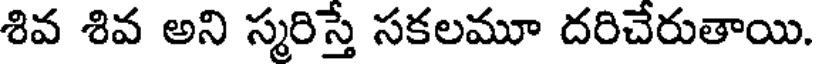
శివ శివ అని స్మరిస్తే సకలమూ దరిచేరుతాయి.